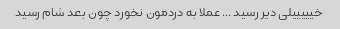
خیییییلی دیر رسید … عملا به دردمون نخورد چون بعد شام رسید